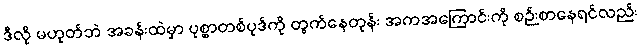
ဒီလို မဟုတ်ဘဲ အခန်းထဲမှာ ပုစ္ဆာတစ်ပုဒ်ကို တွက်နေတုန်း အကအကြောင်းကို စဉ်းစာနေရင်လည်း